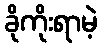
ခိုကိုးရာမဲ့